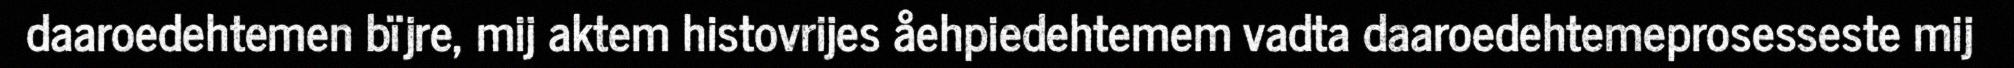
daaroedehtemen bïjre, mij aktem histovrijes åehpiedehtemem vadta daaroedehtemeprosesseste mij